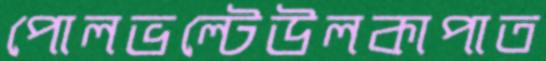
পোলভল্টেউলকাপাত